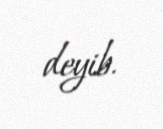
deyib.